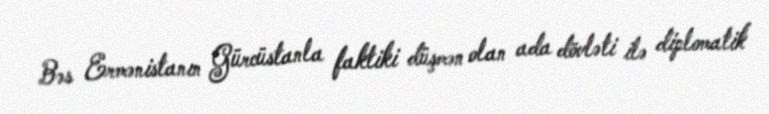
Bəs Ermənistanın Gürcüstanla faktiki düşmən olan ada dövləti ilə diplomatik